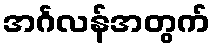
အင်္ဂလန်အတွက်